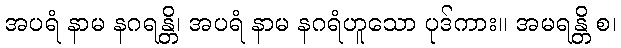
အပရံ နာမ နဂရန္တိ၊ အပရံ နာမ နဂရံဟူသော ပုဒ်ကား။ အမရန္တိ စ၊